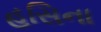
હસિના